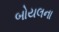
બોયલના